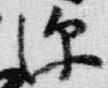
深